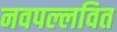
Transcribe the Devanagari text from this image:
नवपल्लवित